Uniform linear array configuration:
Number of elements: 16
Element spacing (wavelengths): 0.75
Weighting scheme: exponential
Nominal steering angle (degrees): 30
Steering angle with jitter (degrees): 31.758
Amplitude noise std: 0.05
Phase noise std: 0.05

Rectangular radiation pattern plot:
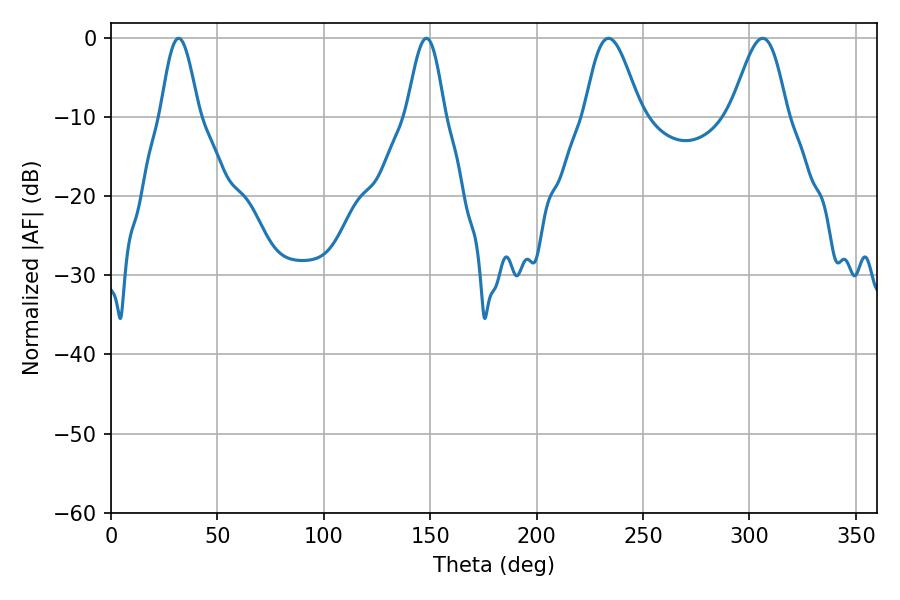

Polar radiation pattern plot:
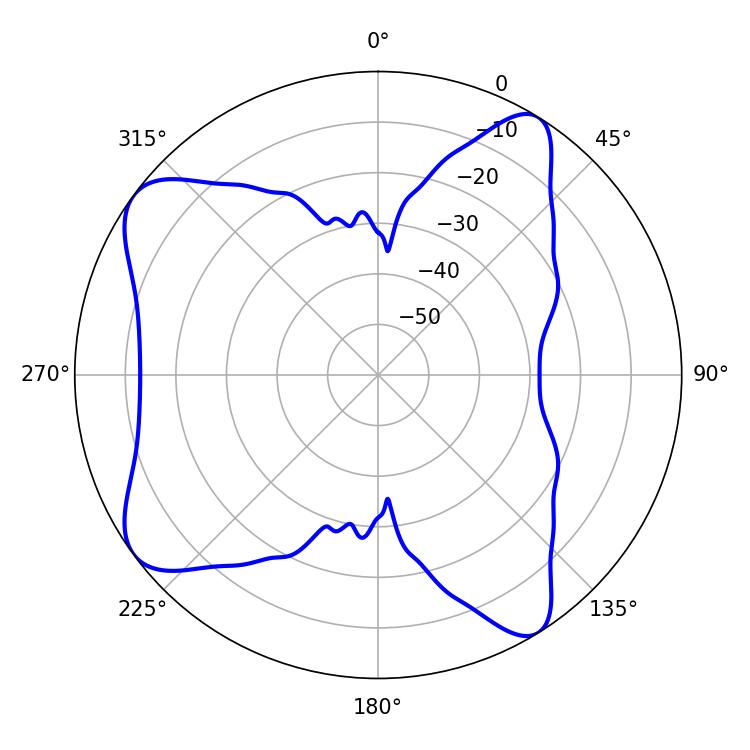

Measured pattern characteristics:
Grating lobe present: TRUE
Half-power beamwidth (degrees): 14.04
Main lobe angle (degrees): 233.82